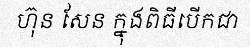
ហ៊ុន សែន ក្នុងពិធីបើកជា